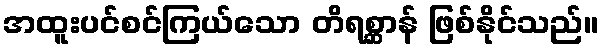
အထူးပင်စင်ကြယ်သော တိရစ္ဆာန် ဖြစ်နိုင်သည်။